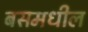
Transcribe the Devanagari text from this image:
बसमधील